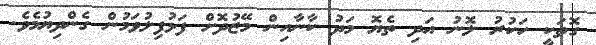
ގޮތަކީ ހަކުރު ލޮނު އަދި ތެޔޮ މަދު ކާނާއިން މޭޒުދޮށް ފަޅުފިލުވަމުން ގެންދިޔުމެވެ.